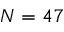
N = 4 7